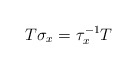
\begin{align*}T \sigma_x=\tau_x^{-1}T\end{align*}